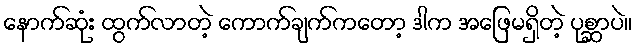
နောက်ဆုံး ထွက်လာတဲ့ ကောက်ချက်ကတော့ ဒါက အဖြေမရှိတဲ့ ပုစ္ဆာပဲ။